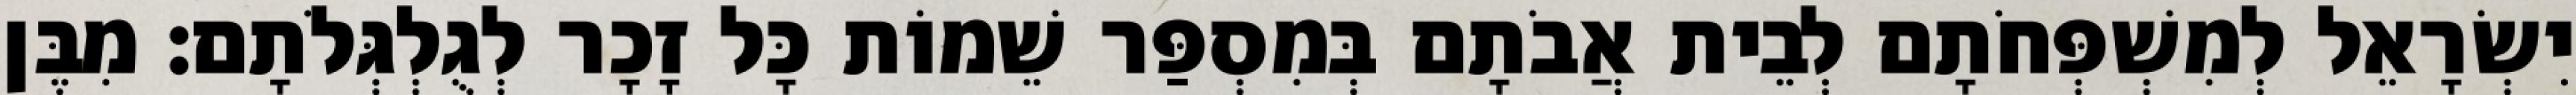
יִשְׂרָאֵל לְמִשְׁפְּחֹתָם לְבֵית אֲבֹתָם בְּמִסְפַּר שֵׁמוֹת כָּל זָכָר לְגֻלְגְּלֹתָם׃ מִבֶּן